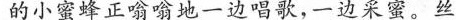
的小蜜蜂正嗡嗡地一边唱歌，一边采蜜。丝